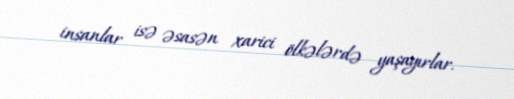
insanlar isə əsasən xarici ölkələrdə yaşayırlar.